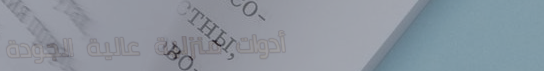
أدوات منزلية عالية الجودة